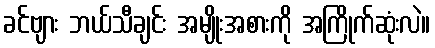
ခင်ဗျား ဘယ်သီချင်း အမျိုးအစားကို အကြိုက်ဆုံးလဲ။